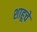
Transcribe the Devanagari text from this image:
शाहूचे